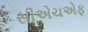
સીએચએફ